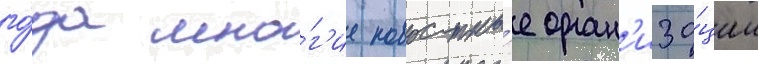
го́да мно́г'ие новостны́е орган'иза́ции